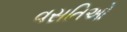
વસતિઓ